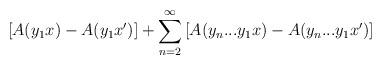
LaTeX: \begin{align*}\left[ A(y_1 x) - A(y_1 x') \right] + \sum_{n = 2}^\infty \left[ A(y_n...y_1x) - A(y_n...y_1x') \right]\end{align*}